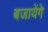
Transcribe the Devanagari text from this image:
बजायेंगे